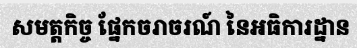
សមត្តកិច្ច ផ្នែកចរាចរណ៍ នៃអធិការដ្នាន